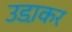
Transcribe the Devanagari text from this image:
उडा़कर